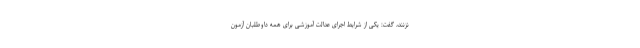
نزنند، گفت: یکی از شرایط اجرای عدالت آموزشی برای همه داوطلبان آزمون